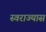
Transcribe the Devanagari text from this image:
स्वराज्यास